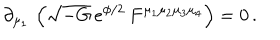
\partial _ { \mu _ { 1 } } \, \left( \sqrt { - G } \, e ^ { \phi / 2 } \, F ^ { \mu _ { 1 } \mu _ { 2 } \mu _ { 3 } \mu _ { 4 } } \right) = 0 \, .